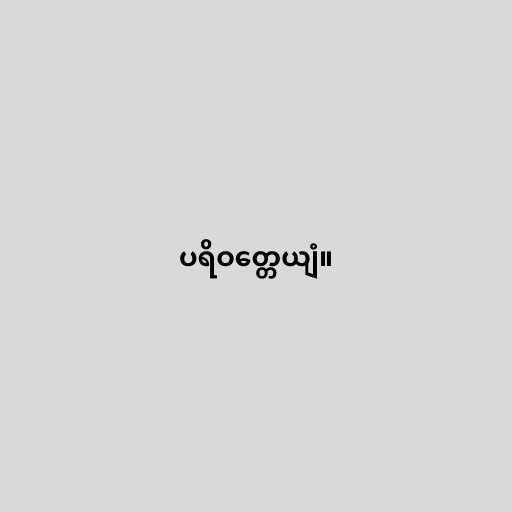
ပရိဝတ္တေယျံ။